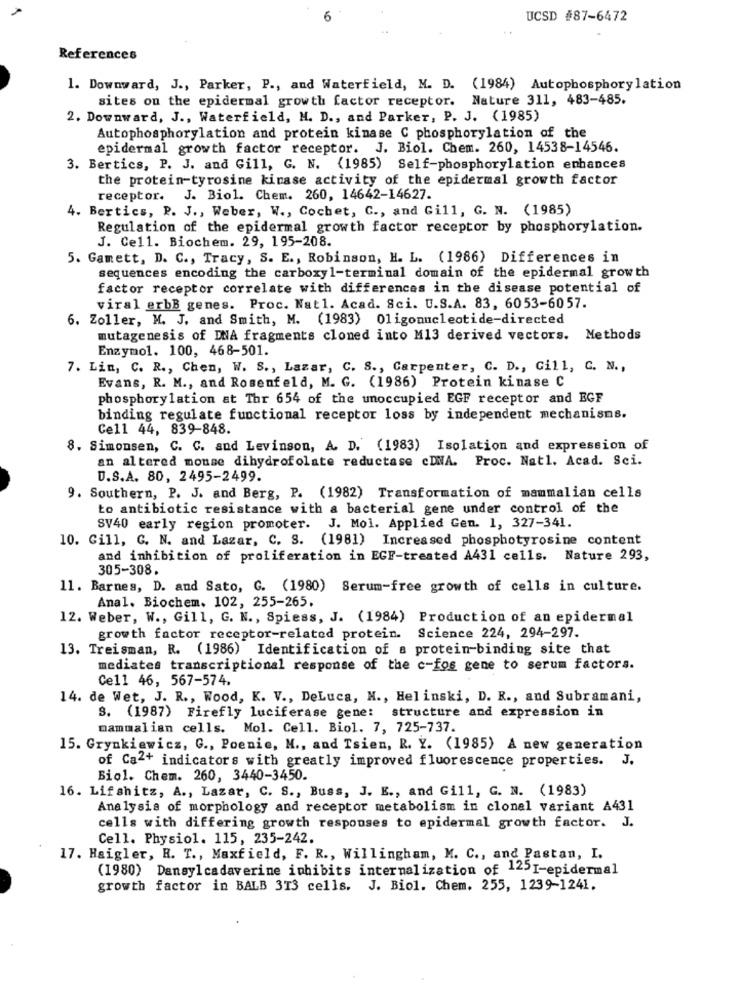
6
UCSD #87-6472
References
1. Downward, J ., Parker, P ., and Waterfield, M. D. (1984) Autophosphorylation
sites on the epidermal growth factor receptor. Nature 311, 483-485.
2. Downward, J ., Waterfield, M. D ., and Parker, P. J. (1985)
Autophosphorylation and protein kinase C phosphorylation of the
epidermal growth factor receptor. J. Biol. Chem. 260, 14538-14546.
3. Bertics, P. J. and Gill, G. N. (1985) Self-phosphorylation enhances
the protein-tyrosine kinase activity of the epidermal growth factor
receptor. J. Biol. Chem. 260, 14642-14627.
4. Bertics, P. J ., Weber, W ., Cochet, C ., and Gill, G. N. (1985)
Regulation of the epidermal growth factor receptor by phosphorylation.
J. Cell. Biochem. 29, 195-208.
5. Gamett, D. C ., Tracy, S. E ., Robinson, H. L. (1986) Differences in
sequences encoding the carboxyl-terminal domain of the epidermal growth
factor receptor correlate with differences in the disease potential of
viral erbB genes. Proc. Nat1. Acad. Sci. U.S.A. 83, 6053-6057.
6. Zoller, M. J. and Smith, M. (1983) 01igonucleotide-directed
mutagenesis of DNA fragments cloned into M13 derived vectors. Methods
Enzymol. 100, 468-501.
7. Lin, C. R ., Chen, W. S ., Lazar, C. S ., Carpenter, C. D ., Gill, C. N .,
Evans, R. M ., and Rosenfeld, M. G. (1986) Protein kinase C
phosphorylation at Thr 654 of the unoccupied EGF receptor and EGF
binding regulate functional receptor loss by independent mechanisms.
Cell 44, 839-848.
8. Simonsen, C. C. and Levinson, A. D. (1983) Isolation and expression of
an altered mouse dihydrofolate reductase cDNA. Proc. Natl. Acad. Sci.
D.S.A. 80, 2495-2499.
9. Southern, P. J. and Berg, P. (1982) Transformation of mammalian cells
to antibiotic resistance with a bacterial gene under control of the
SV40 early region promoter. J. Mol. Applied Gen. 1, 327-341.
10. Gill, G. N. and Lazar, C. S. (1981) Increased phosphotyrosine content
and inhibition of proliferation in EGF-treated A431 cells. Nature 293,
305-308.
11. Barnes, D. and Sato, G. (1980) Serum-free growth of cells in culture.
Anal. Biochem. 102, 255-265.
12. Weber, W ., Gill, G. N ., Spiess, J. (1984) Production of an epidermal
growth factor receptor-related protein. Science 224, 294-297.
13. Treisman, R. (1986) Identification of a protein-binding site that
mediates transcriptional response of the c-fos gene to serum factors.
Cell 46, 567-574.
14. de Wet, J. R ., Wood, K. V ., DeLuca, N ., Hel inski, D. R ., and Subramani,
s. (1987) Firefly luciferase gene: structure and expression in
mammalian cells. Mol. Cell. Biol. 7, 725-737.
15. Grynkiewicz, G ., Poenie, M ., and Tsien, R. Y. (1985) A new generation
of Ca2+ indicators with greatly improved fluorescence properties. J.
Biol. Chem. 260, 3440-3450.
16. Lifshitz, A ., Lazar, C. S ., Buss, J. E ., and Gill, G. N. (1983)
Analysis of morphology and receptor metabolism in clonal variant A431
cells with differing growth responses to epidermal growth factor. J.
Cell. Physiol. 115, 235-242.
17. Haigler, H. T ., Maxfield, F. R ., Willingham, M. C ., and Pastan, I.
(1980) Dansylcadaverine inhibits internalization of 1251-epidermal
growth factor in BALB 313 cells. J. Biol. Chem. 255, 1239-1241.